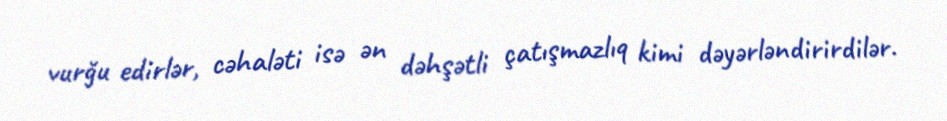
vurğu edirlər, cəhaləti isə ən dəhşətli çatışmazlıq kimi dəyərləndirirdilər.